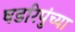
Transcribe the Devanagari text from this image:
षडरिपुंच्या